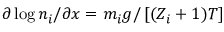
\partial \log n _ { i } / \partial x = m _ { i } g / \left[ ( Z _ { i } + 1 ) T \right]